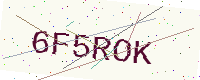
Text: 6F5ROK